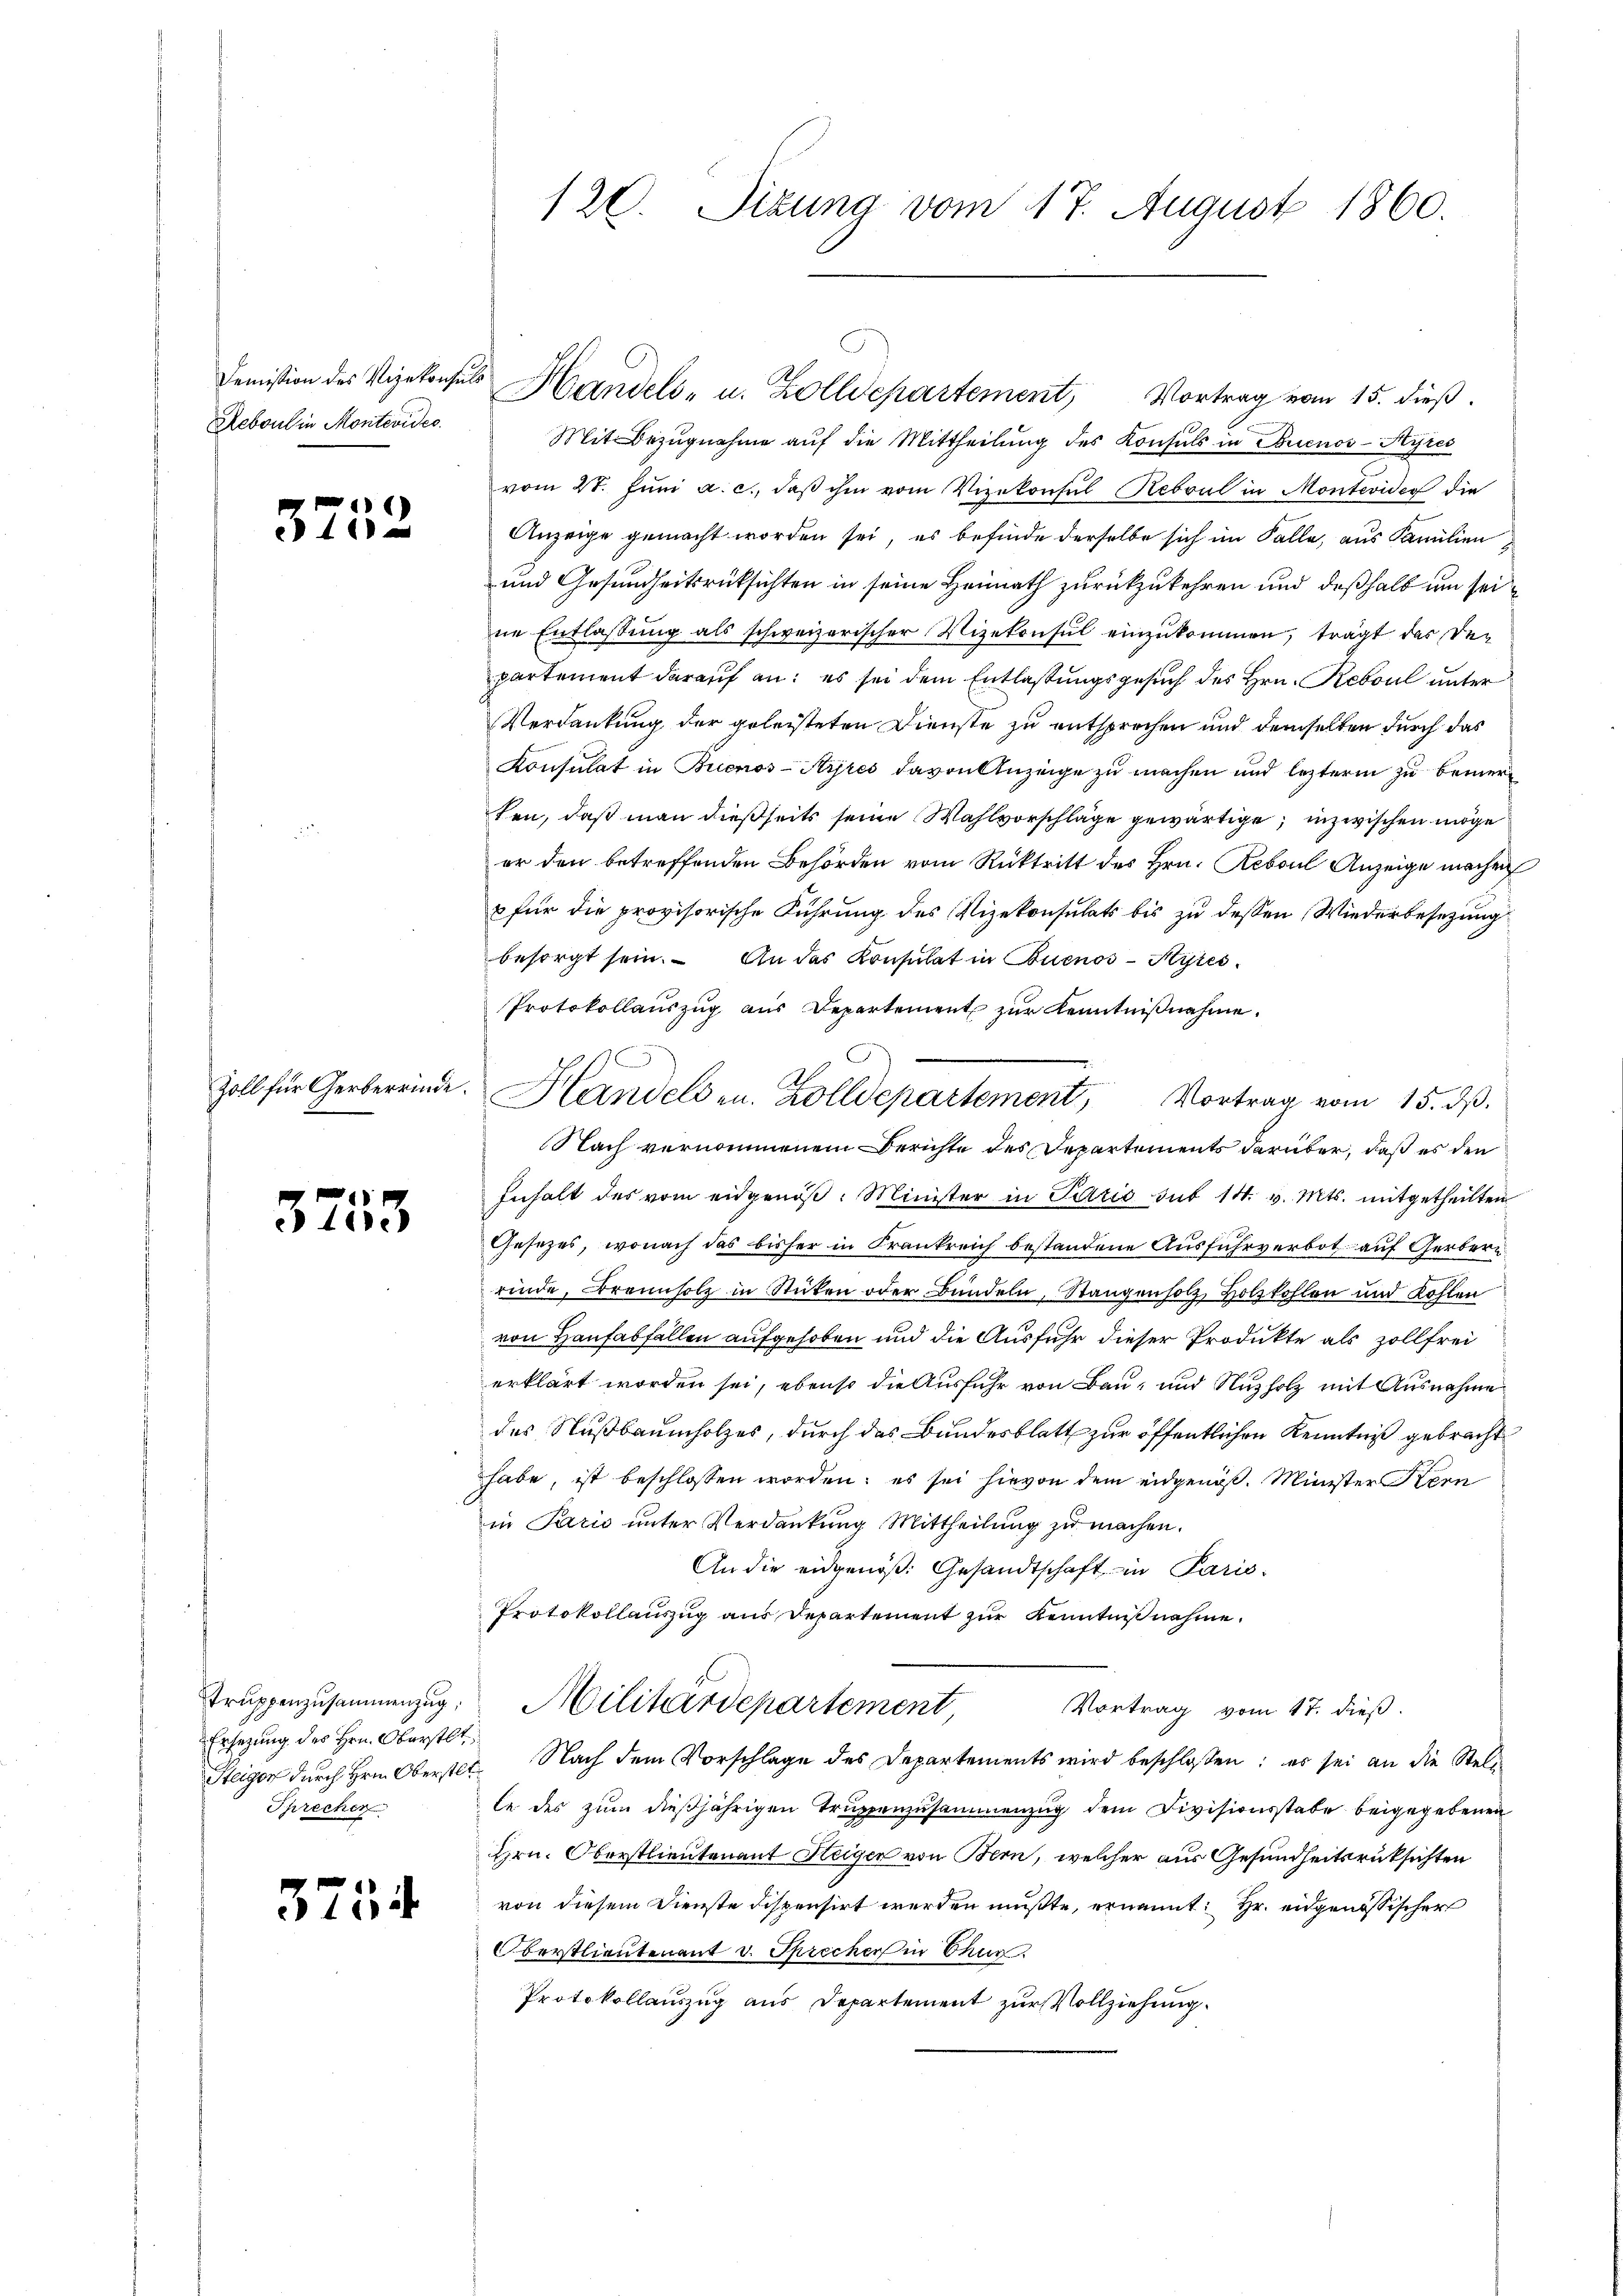
Reboulin Montevides.

3252

Zoll für Gerberrinde.

3253

Truppenzusammenzug,
Ersezung des Hrn. Oberstl.
Steiger durch Hrn. Oberstlt
Sprechen

3754.

120. Sizung vom 17. August 1860.

Mit Bezugnahme auf die Mittheilung des Konsuls in Buenos-Ayres
vom 27. Jŭni a. c. daβ ihm vom Vizekonsul Reboul in Montevide die
Anzeige gemacht worden sei, es befinde derselbe sich im Falle, aus Familien¬
und Gesundheitsrücksichten in seine Heimath zurückzukehren und deßhalb um seine Entlassung als schweizerischer Vizekonsul einzukommen, trägt das Departement darauf an: es sei dem Entlaßungsgesuch des Hrn. Reboul unter
Verdankung der geleisteten Dienste zu entsprechen und demselben durch das
Konsulat in Buenos-Ayres davon Anzeige zu machen und lezterm zu bemerken, daß man dießseits seine Wahlvorschläge gewärtige, inzwischen möge
er den betreffenden Behörden vom Rücktritt des Hrn. Reboul Anzeige machen
für die provisorische Führung des Vizekonsulats bis zu dessen Wiederbesetzung
besorgt sein. An das Konsulat in Couenos-Ayres
Protokollauszug aus Departement zur Kenntnißnahme.
Nach vernommenem Berichte des Departements darüber, daß es den
Inhalt des vom eidgenöß: Minister in Paris sub 14. v. Mts. mitgetheilten
Gesezes, wonach das bisher in Krankreich bestandene Ausfuhrverbot auf Gerbern
rinde, Brennholz in Stücken oder Bundeln, Stangenholz, Holzkohlen und Kohlen
von Haufabfällen aufgehoben und die Ausfuhr dieser Produkte als Zollfrei
erklärt worden sei, ebenso die Ausfuhr von Bau, und Nuzholz mit Ausnahme
des Nußbaumholzes, durch das Bundesblatt zur öffentlichen Kenntniß gebracht
habe, ist beschlossen worden; es sei hievon dem eidgenöß. Minister Kern
in Paris unter Verdankung Mittheilung zu machen.
An die eidgenöß: Gesandtschaft in Paris¬
Protokollauszug aus Departement zur Kenntnißnahme.
Militärdepartement,
Vortrag vom 17. dieß.
 Nach dem Vorschlage des Departements wird beschlossen; es sei an die Stell
le des zum dießjährigen Truppenzusammenzug dem Divisionsstabe beigegebenen
Hrn. Oberstlieutenant Heiger von Bern, welcher aus Gesundheitsrücksichten
von diesem Dienste dispensirt werden müßte, ernannt: Hr. eidgenössischer
Oberstlieutenant v. Sprecher in Chur
Protokollauszug aus Departement zur Vollziehung.

Demission des Vizekonsuls Handels- u. Zolldepartement, Vortrag vom 15. dieß.

Al
Handelsen. Zolldepartement, Vortrag vom 15. dβ.